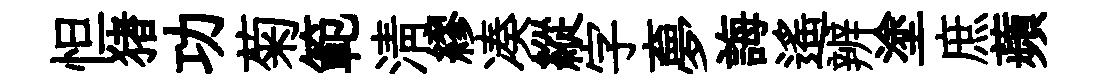
怛猪功菊範淸繆凑縱字夣誨遙辨塗庶蘋